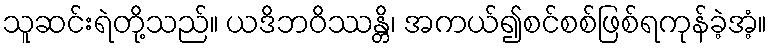
သူဆင်းရဲတို့သည်။ ယဒိဘဝိဿန္တိ၊ အကယ်၍စင်စစ်ဖြစ်ရကုန်ခဲ့အံ့။